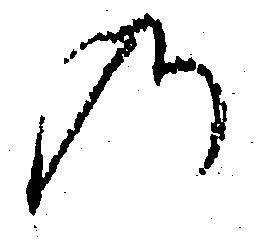
の